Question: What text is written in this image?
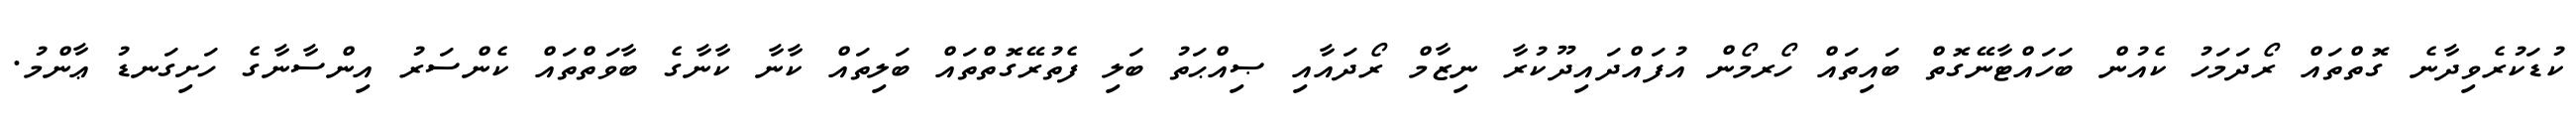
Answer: ކުޑަކުރެވިދާނެ ގޮތްތައް ރޯދަމަހު ކެއުން ބަހައްޓާނޭގޮތް ބައިތައް ހޯރމޯން އުފައްދައިދޫކުރާ ނިޒާމް ރޯދައާއި ޞިއްޙަތު ބަލި ފެތުރޭގޮތްތައް ބަލިތައް ކާނާ ކާނާގެ ބާވަތްތައް ކެންސަރު އިންސާނާގެ ހަށިގަނޑު ޢާންމު.